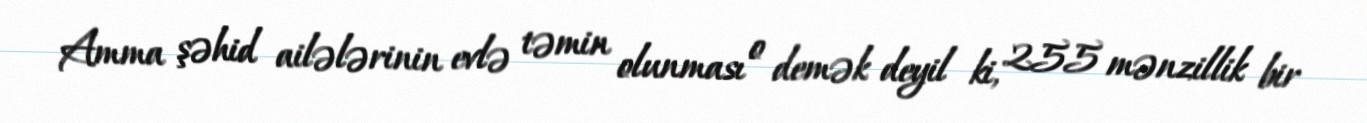
Amma şəhid ailələrinin evlə təmin olunması o demək deyil ki, 255 mənzillik bir